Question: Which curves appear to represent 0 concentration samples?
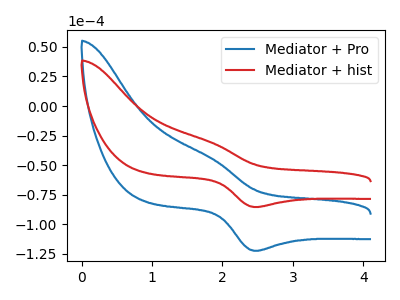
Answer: <think>The blue curve "Mediator + Pro" has an anodic peak at (1.80V, -43.60uA) and a cathodic peak at (2.45V, -122.55uA). The red curve "Mediator + hist" has an anodic peak at (1.80V, -30.40uA) and a cathodic peak at (2.45V, -85.50uA).</think>
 <answer>There are not any CV's on this graph that are likely to be blanks.</answer>
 <eval>none</eval>